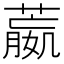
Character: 𦻯